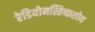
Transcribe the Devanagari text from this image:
रेडियोमस्तिष्कशोथ